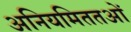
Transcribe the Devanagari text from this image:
अनियमिततओं